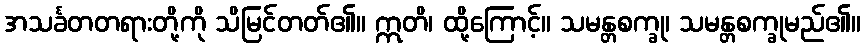
အသင်္ခတတရားတို့ကို သိမြင်တတ်၏။ ဣတိ၊ ထို့ကြောင့်။ သမန္တစက္ခု၊ သမန္တစက္ခုမည်၏။